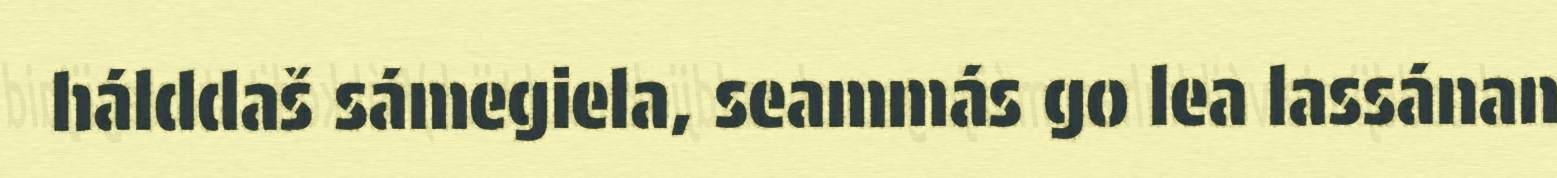
hálddaš sámegiela, seammás go lea lassánan